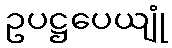
ဥပဋ္ဌပေယျုံ